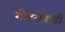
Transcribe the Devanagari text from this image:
गोडसेवाडी